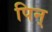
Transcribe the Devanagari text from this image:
पिन्